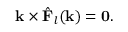
\mathbf { k } \times { \hat { \mathbf { F } } } _ { l } ( \mathbf { k } ) = \mathbf { 0 } .